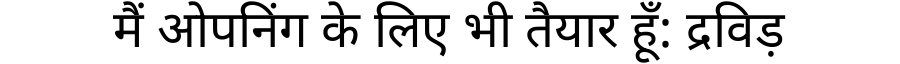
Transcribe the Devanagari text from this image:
मैं ओपनिंग के लिए भी तैयार हूँ: द्रविड़